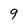
Character: 9